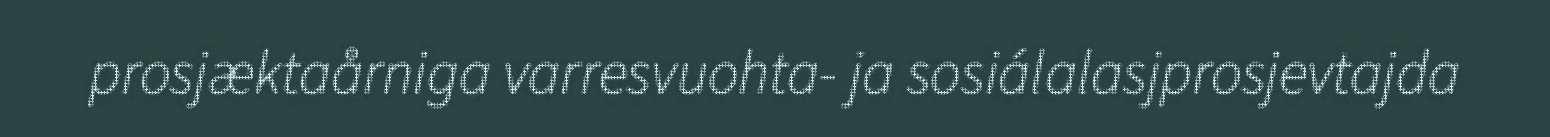
prosjæktaårniga varresvuohta- ja sosiálalasjprosjevtajda